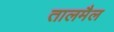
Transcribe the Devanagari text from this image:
तालमैल